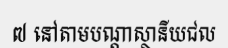
៧ នៅតាមបណ្តាស្ថានីយជល